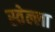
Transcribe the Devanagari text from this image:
स्तेल्ला